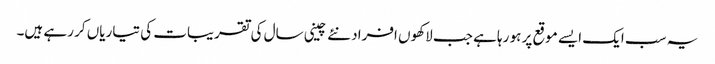
یہ سب ایک ایسے موقع پر ہو رہا ہے جب لاکھوں افراد نئے چینی سال کی تقریبات کی تیاریاں کر رہے ہیں۔